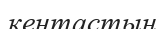
кентастың